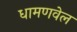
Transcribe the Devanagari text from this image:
धामणवेल